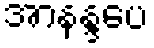
အာနန္ဒပေ